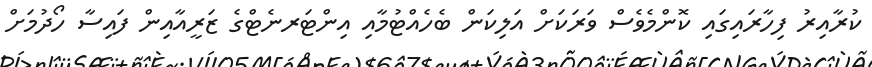
ކުރާއިރު ފިހާރައިގައި ކޮންމެވެސް ވަރަކަށް އަލިކަން ބެހެއްޓުމާއި އިންޓަރނެޓްގެ ޒަރީއާއިން ފައިސާ ހޯދުމަށް